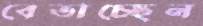
বেতাচ্ছেন